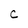
Character: C